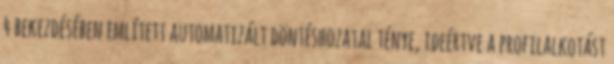
4 bekezdésében említett automatizált döntéshozatal ténye, ideértve a profilalkotást